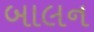
બાલન